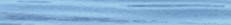
مسجد السلام: مكان للعبادة